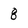
Character: 8